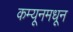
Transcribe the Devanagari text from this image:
कम्यूनमधून